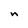
Character: n